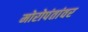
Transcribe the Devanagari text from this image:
मोरोपंतांवर